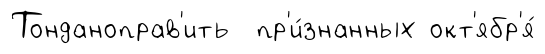
Тонданоправ'ить пр'и́знанных окт'ябр'я́